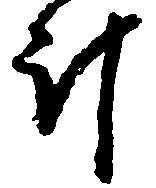
斗